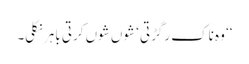
‘‘ وہ ناک رگڑتی ‘ شوں شوں کرتی باہر نکلی۔